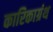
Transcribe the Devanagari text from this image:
कारिकाग्रंथ